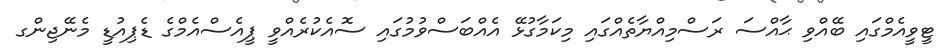
ޓީވީއެމްގައި ބޭއްވި ޙާއްސަ ރަސްމިއްޔާތެއްގައި މިކަމާގުޅޭ އެއްބަސްވުމުގައި ސޮއެކުރެއްވީ ޕީއެސްއެމްގެ ޑެޕިއުޑީ މެނޭޖިންގ